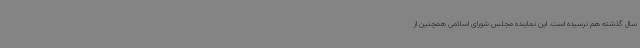
سال گذشته هم نرسیده است. این نماینده مجلس شورای اسلامی همچنین از